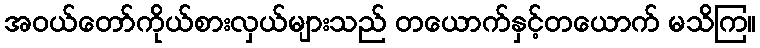
အဝယ်တော်ကိုယ်စားလှယ်များသည် တယောက်နှင့်တယောက် မသိကြ။